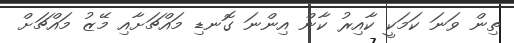
ތިން ވަނަ ކަމަކީ ކާއިރު ކާން އިންނަ ގޮނޑި މައްޗަށާއި މޭޒު މައްޗަށް